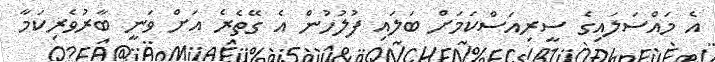
އެ މައްސަލައިގެ ސީރިއަސްކަމަށް ބަލައި ފުލުހުން އެ ގޭތެރެ އަށް ވަނީ ބާރުވެރިކަމާ